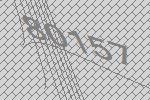
80157